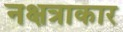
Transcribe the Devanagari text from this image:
नक्षत्राकार